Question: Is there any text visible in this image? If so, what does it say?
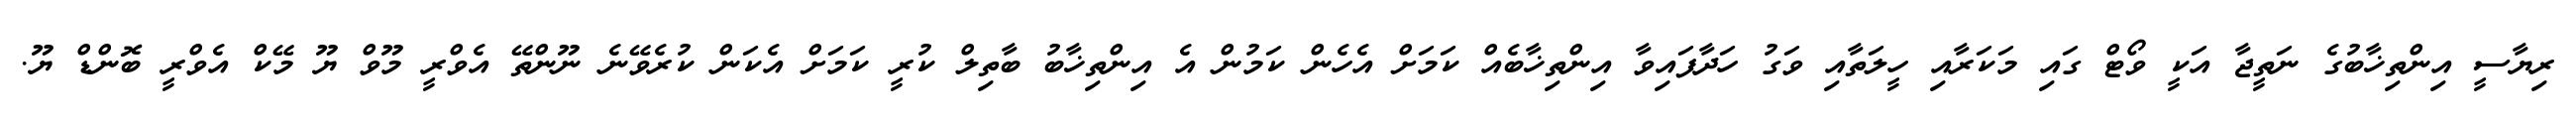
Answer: ރިޔާސީ އިންތިޚާބުގެ ނަތީޖާ އަކީ ވޯޓް ގައި މަކަރާއި ހީލަތާއި ވަގު ހަދާފައިވާ އިންތިޚާބެއް ކަމަށް އެހެން ކަމުން އެ އިންތިޚާބު ބާތިލް ކުރީ ކަމަށް އެކަން ކުރެވޭނެ ނޫންތޭ އެވްރީ މޫވް ޔޫ މޭކް އެވްރީ ބޮންޑް ޔޫ.